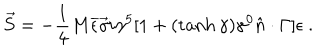
LaTeX: \vec { S } = - { \frac { 1 } { 4 } } M \overline { { { \epsilon } } } \vec { \gamma } i \gamma ^ { 5 } [ 1 + ( \tanh \gamma ) \gamma ^ { 0 } \hat { n } \cdot \Gamma ] \epsilon \ .